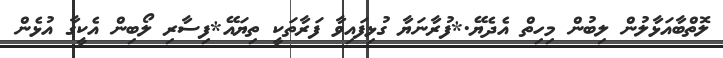
ލޮތްބާއަޅާލުން ލިބުން މިހިތް އެދެޔޭ.*ފުރާނަޔާ ގުޅިފައިވާ ފަރާތަކީ ތިޔައޭ*ފިސާރި ލޯބިން އެކީގާ އުޅެން